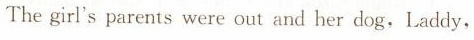
The girl's parents were out and her dog,Laddy,